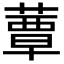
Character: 蕈